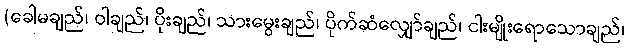
(ခေါမချည်၊ ဝါချည်၊ ပိုးချည်၊ သားမွေးချည်၊ ပိုက်ဆံလျှော်ချည်၊ ငါးမျိုးရောသောချည်၊